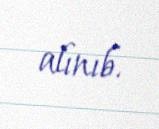
alınıb.